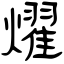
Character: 燿